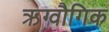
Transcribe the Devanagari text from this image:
ऋग्वौगिक